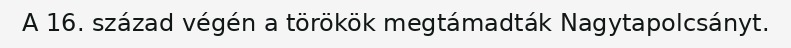
A 16. század végén a törökök megtámadták Nagytapolcsányt.